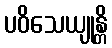
ပဝိသေယျုန္တိ